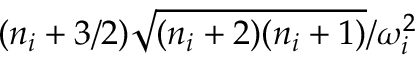
{ ( n _ { i } + 3 / 2 ) } \sqrt { ( n _ { i } + 2 ) ( n _ { i } + 1 ) } / { \omega _ { i } ^ { 2 } }